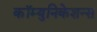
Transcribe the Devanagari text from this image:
कॉम्युनिकेशन्स